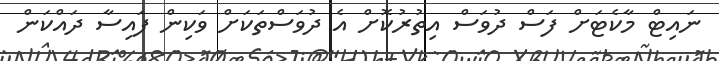
ނައިޓް މާކެޓަށް ފަސް ދުވަސް އިތުރުކޮށް އެ ދުވަސްތަކަށް ވަކިން ފައިސާ ދައްކަން